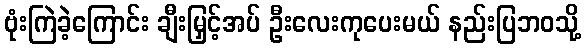
ဗုံးကြဲခဲ့ကြောင်း ချီးမြှင့်အပ် ဦးလေးကုပေးမယ် နည်းပြဘဝသို့